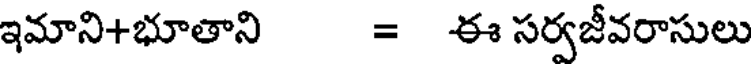
ఇమాని+భూతాని = ఈ సర్వజీవరాసులు